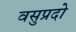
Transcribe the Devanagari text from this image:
वसुप्रदो